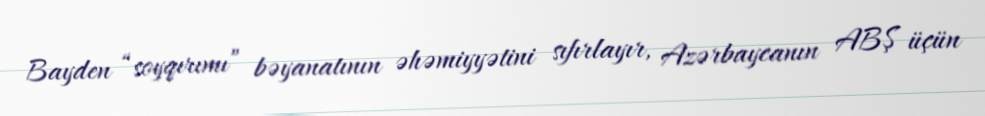
Bayden “soyqırımı” bəyanatının əhəmiyyətini sıfırlayır, Azərbaycanın ABŞ üçün